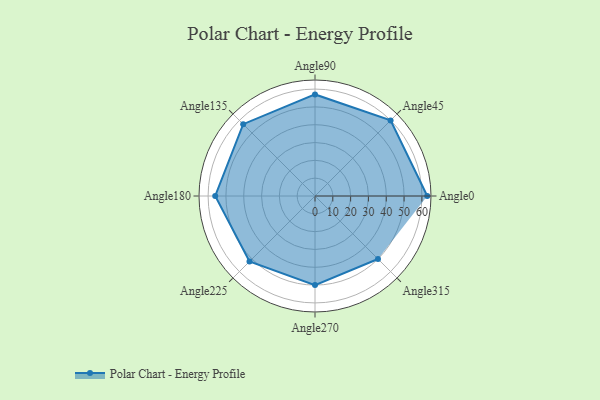
{"axis": {"x": "Angle", "y": "Radius"}, "legend": [""], "data": [{"x": "Angle0", "y": 63.0, "type": ""}, {"x": "Angle45", "y": 60.0, "type": ""}, {"x": "Angle90", "y": 57.0, "type": ""}, {"x": "Angle135", "y": 57.0, "type": ""}, {"x": "Angle180", "y": 56.0, "type": ""}, {"x": "Angle225", "y": 52.0, "type": ""}, {"x": "Angle270", "y": 50, "type": ""}, {"x": "Angle315", "y": 50, "type": ""}]}